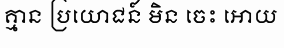
គ្មាន ប្រយោជន៍ មិន ចេះ អោយ